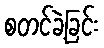
စတင်ခဲ့ခြင်း